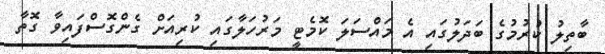
ބާތިލު ކުރުމުގެ ބަދަލުގައި އެ މައްސަލަ ކޮމެޓީ މަރުހަލާގައި ކުރިއަށް ގެންގޮސްފައިވާ ގޮތާ